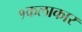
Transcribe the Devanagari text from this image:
१कलाकार